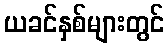
ယခင်နှစ်များတွင်